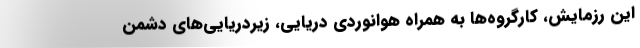
این رزمایش، کارگروه‌ها به همراه هوانوردی دریایی، زیردریایی‌های دشمن